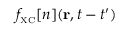
f _ { \scriptscriptstyle \mathrm { X C } } [ n ] ( { \bf r } , t - t ^ { \prime } )